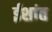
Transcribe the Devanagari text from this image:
ईशांत